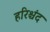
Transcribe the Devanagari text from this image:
हरिश्चंद